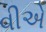
વીએ